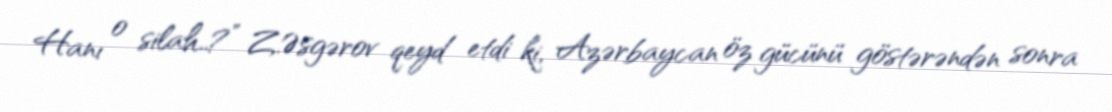
Hanı o silah..?” Z.Əsgərov qeyd etdi ki, Azərbaycan öz gücünü göstərəndən sonra